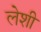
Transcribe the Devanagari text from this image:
लेशी